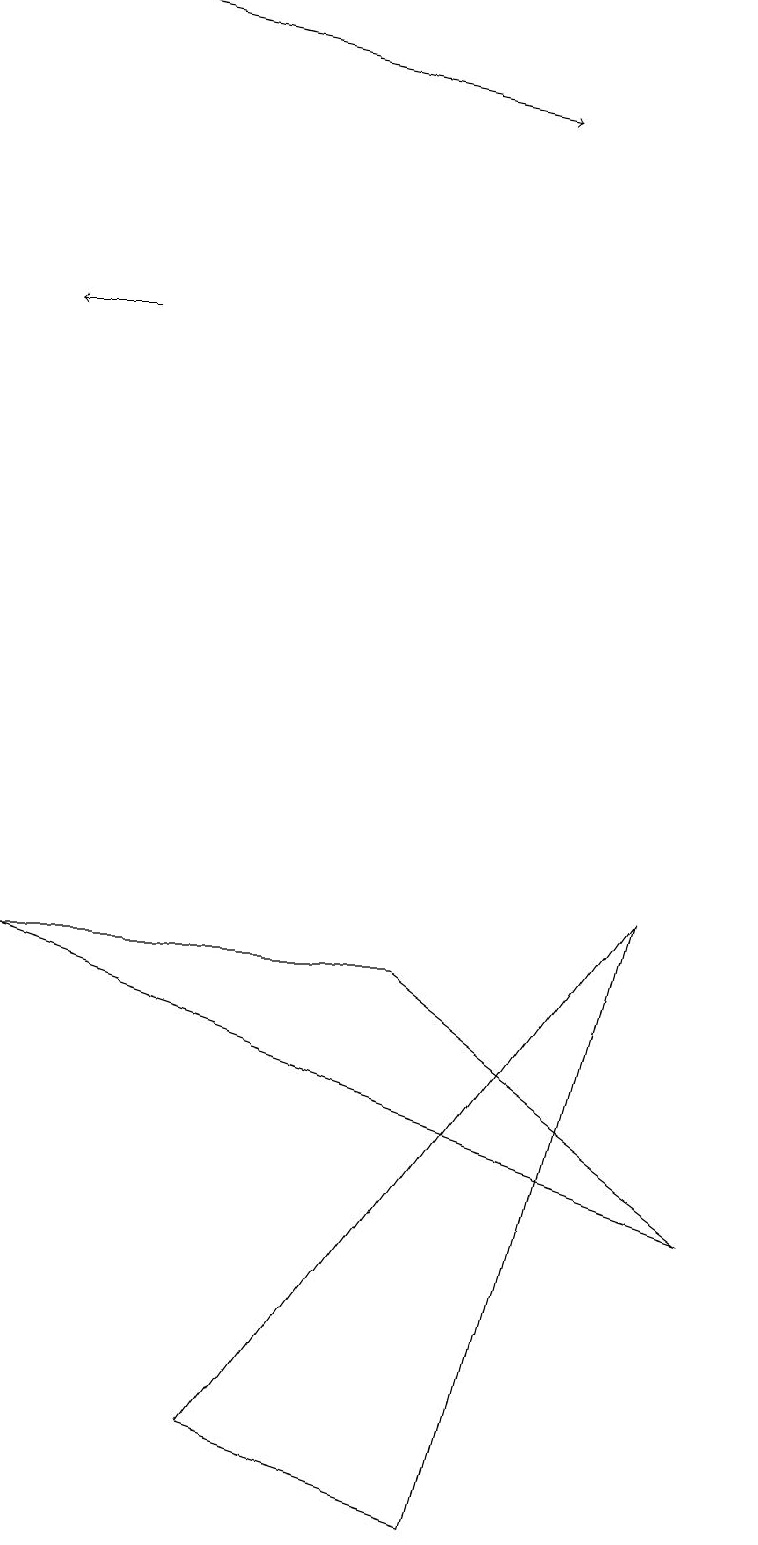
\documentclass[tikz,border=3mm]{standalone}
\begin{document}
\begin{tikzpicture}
\draw (3,1) -- (6,0) -- (8,8) -- cycle;
\draw (5,7) -- (9,4) -- (0,7) -- cycle;
\draw[->] (1,19) -- (6,18);
\draw[->] (1,15) -- (0,15);
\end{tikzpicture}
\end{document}